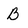
Character: b